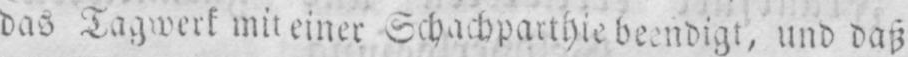
und daß